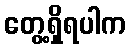
တွေ့ရှိရပါက